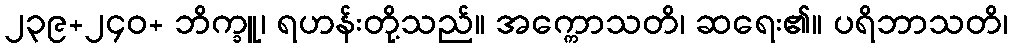
၂၃၉+၂၄၀+ ဘိက္ခူ၊ ရဟန်းတို့သည်။ အက္ကောသတိ၊ ဆရေး၏။ ပရိဘာသတိ၊